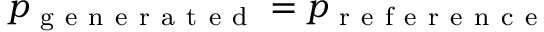
p _ { \mathrm { ~ g ~ e ~ n ~ e ~ r ~ a ~ t ~ e ~ d ~ } } = p _ { \mathrm { ~ r ~ e ~ f ~ e ~ r ~ e ~ n ~ c ~ e ~ } }